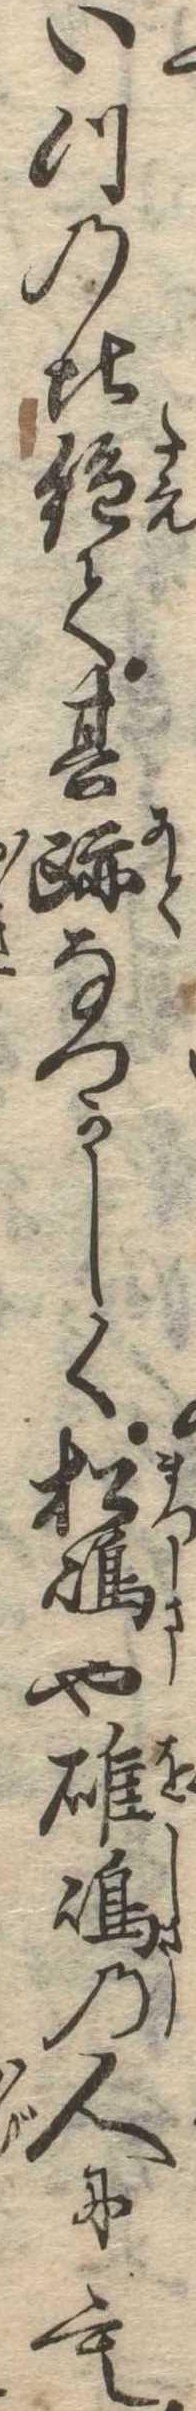
いつの比絶て其跡なつかしく松島や雄島の人にも